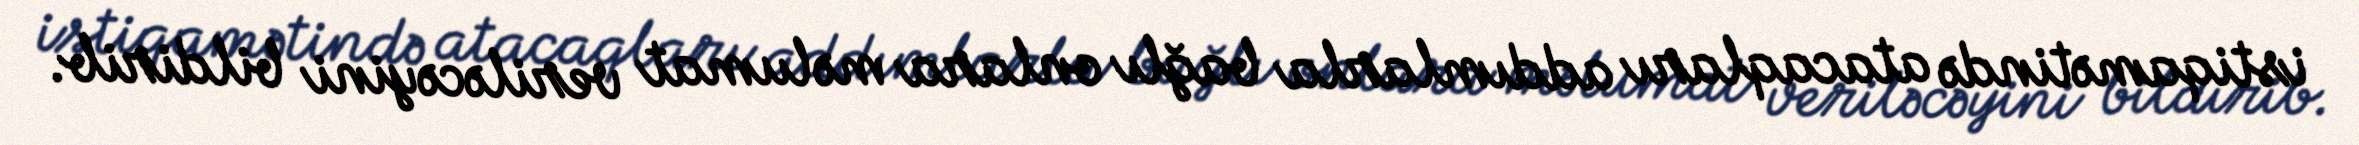
istiqamətində atacaqları addımlarla bağlı onlara məlumat veriləcəyini bildirib.